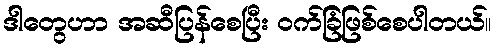
ဒါတွေဟာ အဆီပြန်စေပြီး ဝက်ခြံဖြစ်စေပါတယ်။